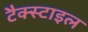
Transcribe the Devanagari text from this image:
टैक्स्टाइल